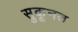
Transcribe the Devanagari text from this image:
सुकूनत